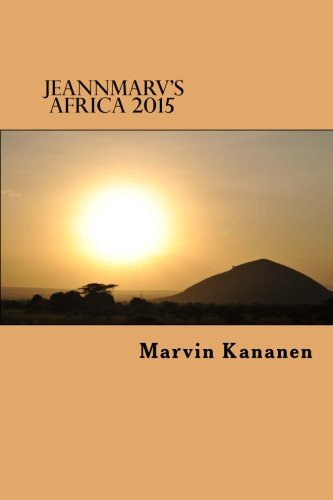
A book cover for Jeannmarv's Africa 2015: Afoot and Lighthearted in Tanzania (Volume 3); Marvin Kananen; Travel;